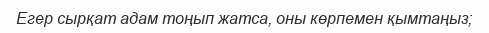
Егер сырқат адам тоңып жатса, оны көрпемен қымтаңыз;